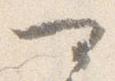
可